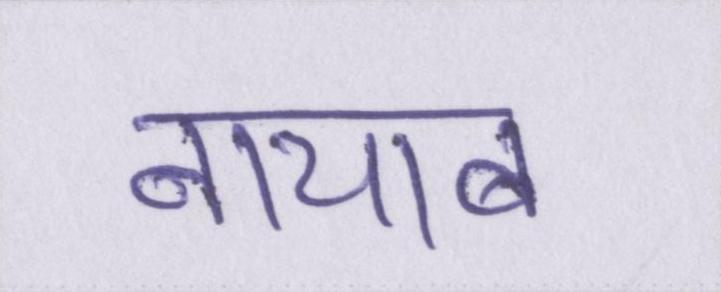
नायाब